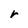
Character: r